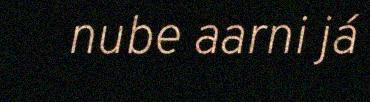
nube aarni já